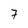
Character: 7